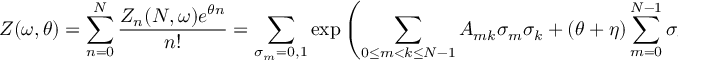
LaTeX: Z ( \omega , \theta ) = \sum _ { n = 0 } ^ { N } \frac { Z _ { n } ( N , \omega ) e ^ { \theta n } } { n ! } = \sum _ { \sigma _ { m } = 0 , 1 } \exp \left( \sum _ { 0 \le m < k \le N - 1 } A _ { m k } \sigma _ { m } \sigma _ { k } + ( \theta + \eta ) \sum _ { m = 0 } ^ { N - 1 } \sigma _ { m } \right) ,